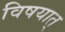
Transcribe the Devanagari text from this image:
विषयात्